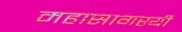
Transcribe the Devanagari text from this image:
महासागरयी